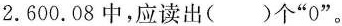
2.600.08中，应读出( )个”0”。